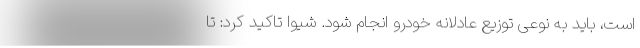
است، باید به نوعی توزیع عادلانه خودرو انجام شود. شیوا تاکید کرد: تا